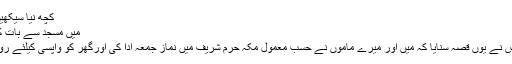
کچھ نیا سیکھیں ہر روز
میں مسجد سے بات کر رہا تھا
ایک شخص نے یوں قصہ سنایا کہ میں اور میرے ماموں نے حسب معمول مکہ حرم شریف میں نماز جمعہ ادا کی اورگھر کو واپسی کیلئے روانہ ہوئے۔